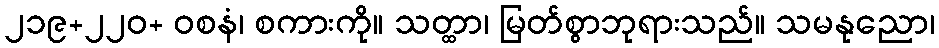
၂၁၉+၂၂၀+ ဝစနံ၊ စကားကို။ သတ္ထာ၊ မြတ်စွာဘုရားသည်။ သမနုညော၊